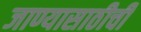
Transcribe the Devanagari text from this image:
जाण्यासाठीची